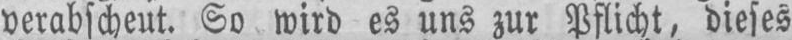
verabscheut. So wird es uns zur Pflicht, dieses